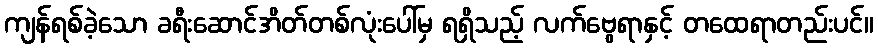
ကျန်ရစ်ခဲ့သော ခရီးဆောင်အိတ်တစ်လုံးပေါ်မှ ရရှိသည့် လက်ဗွေရာနှင့် တထေရာတည်းပင်။